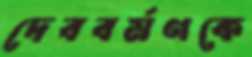
দেববর্মণকে